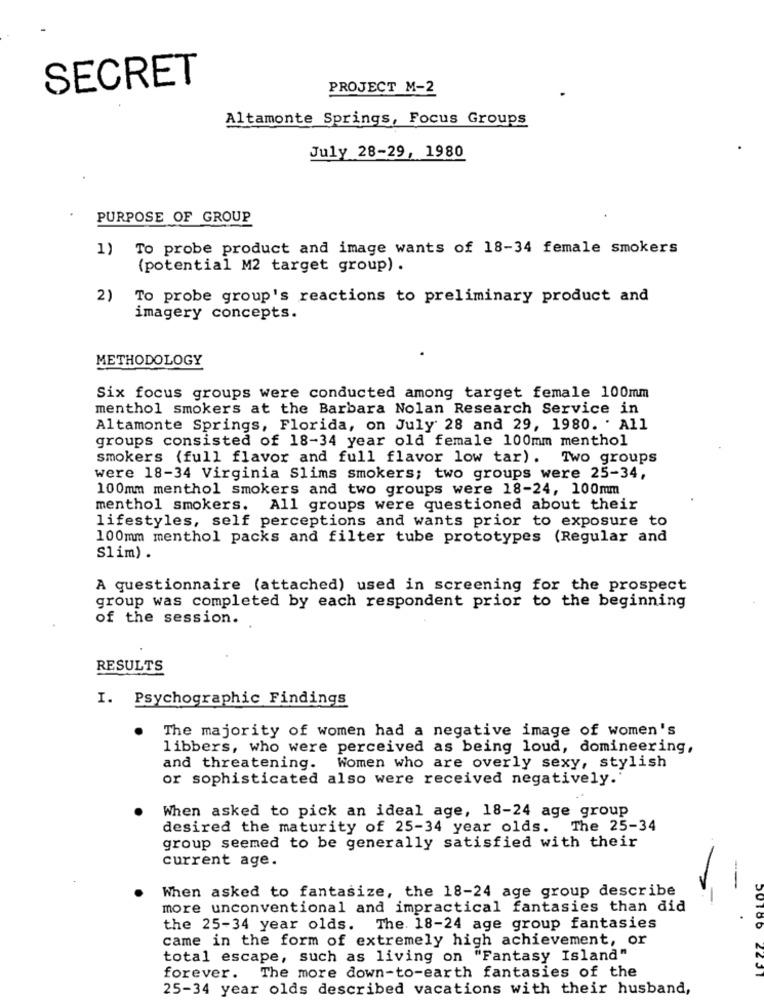
SECRET
PROJECT M-2
Altamonte Springs, Focus Groups
July 28-29, 1980
PURPOSE OF GROUP
1) To probe product and image wants of 18-34 female smokers
(potential M2 target group) .
2)
To probe group's reactions to preliminary product and
imagery concepts.
METHODOLOGY
Six focus groups were conducted among target female 100mm
menthol smokers at the Barbara Nolan Research Service in
Altamonte Springs, Florida, on July 28 and 29, 1980. ' All
groups consisted of 18-34 year old female 100mm menthol
smokers (full flavor and full flavor low tar). Two groups
were 18-34 Virginia Slims smokers; two groups were 25-34,
100mm menthol smokers and two groups were 18-24, 100mm
menthol smokers. All groups were questioned about their
lifestyles, self perceptions and wants prior to exposure to
100mm menthol packs and filter tube prototypes (Regular and
Slim) .
A questionnaire (attached) used in screening for the prospect
group was completed by each respondent prior to the beginning
of the session.
RESULTS
I. Psychographic Findings
The majority of women had a negative image of women's
libbers, who were perceived as being loud, domineering,
and threatening. Women who are overly sexy, stylish
or sophisticated also were received negatively.'
When asked to pick an ideal age, 18-24 age group
desired the maturity of 25-34 year olds. The 25-34
group seemed to be generally satisfied with their
current age.
When asked to fantasize, the 18-24 age group describe
more unconventional and impractical fantasies than did
the 25-34 year olds. The. 18-24 age group fantasies
DUTOO
came in the form of extremely high achievement, or
total escape, such as living on "Fantasy Island"
forever.
The more down-to-earth fantasies of the
25-34 year olds described vacations with their husband,